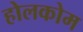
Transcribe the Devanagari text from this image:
होलकोम